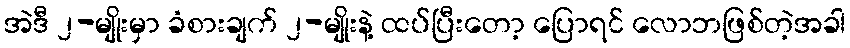
အဲဒီ ၂-မျိုးမှာ ခံစားချက် ၂-မျိုးနဲ့ ထပ်ပြီးတော့ ပြောရင် လောဘဖြစ်တဲ့အခါ